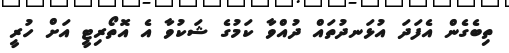
ތިބެގެން އެފަދަ އުޅަނދުތައް ދުއްވާ ކަމުގެ ޝަކުވާ އެ އޮތޯރިޓީ އަށް ހުރީ